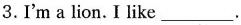
3.I'm a lion.I like___.